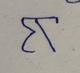
Signature authenticity: forged